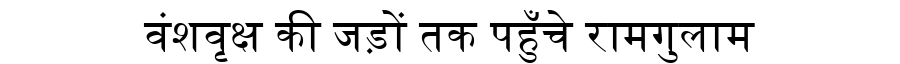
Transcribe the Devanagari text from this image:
वंशवृक्ष की जड़ों तक पहुँचे रामगुलाम